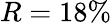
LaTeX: R=18\%